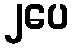
၂ပေ